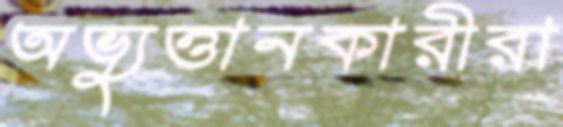
অভ্যুত্থানকারীরা